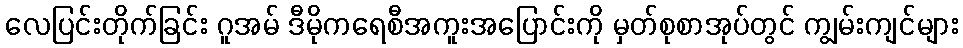
လေပြင်းတိုက်ခြင်း ဂူအမ် ဒီမိုကရေစီအကူးအပြောင်းကို မှတ်စုစာအုပ်တွင် ကျွမ်းကျင်များ